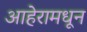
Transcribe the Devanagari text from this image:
आहेरामधून